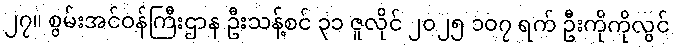
၂၇။ စွမ်းအင်ဝန်ကြီးဌာန ဦးသန့်စင် ၃၁ ဇူလိုင် ၂၀၂၅ ၁၀၇ ရက် ဦးကိုကိုလွင်